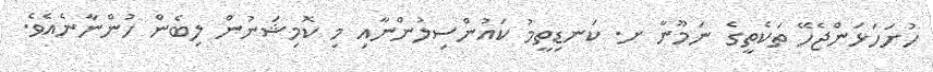
ހުށަހަޅަންޖެހޭ ތަކެތީގެ ނަމޫނާ ށ. ކަނޑިތީމު ކައުންސިލުންނާއި މި ކޮމިޝަނުން ލިބެން ހުންނާނެއެވެ.